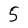
Character: 5